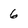
Character: 6